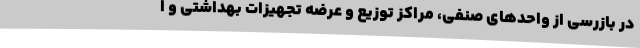
در بازرسی از واحدهای صنفی، مراکز توزیع و عرضه تجهیزات بهداشتی و ا